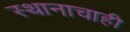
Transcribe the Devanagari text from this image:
स्थानाचाही